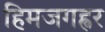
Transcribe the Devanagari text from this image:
हिमजगह्वर